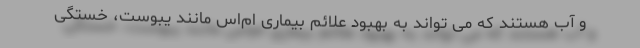
و آب هستند که می تواند به بهبود علائم بیماری ام‌اس مانند یبوست، خستگی